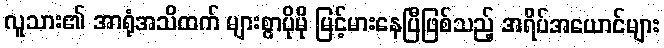
လူသား၏ အာရုံအသိထက် များစွာပိုမို မြင့်မားနေပြီဖြစ်သည့် အရိပ်အယောင်များ